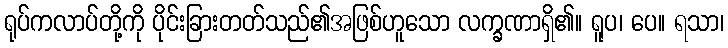
ရုပ်ကလာပ်တို့ကို ပိုင်းခြားတတ်သည်၏အဖြစ်ဟူသော လက္ခဏာရှိ၏။ ရူပ၊ ပေ။ ရသာ၊